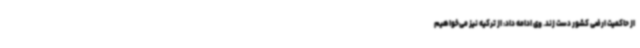
از حاکمیت ارضی کشور دست زند. وی ادامه داد: از ترکیه نیز می‌خواهیم